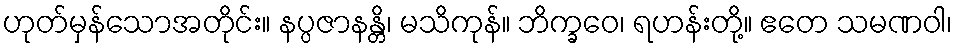
ဟုတ်မှန်သောအတိုင်း။ နပ္ပဇာနန္တိ၊ မသိကုန်။ ဘိက္ခဝေ၊ ရဟန်းတို့။ ဧတေ သမဏဝါ၊